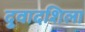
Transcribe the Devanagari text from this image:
दुवादशिला